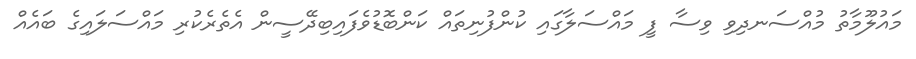
މައުލޫމާތު މުއްސަނދިވި ވިސާ ފީ މައްސަލާގައި ކުންފުނިތައް ކަންބޮޑުވެފައިބިދޭސީން އެތެރެކުރި މައްސަލައިގެ ބައެއް